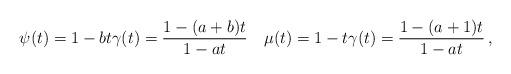
LaTeX: \begin{align*} \psi(t) = 1 - b t \gamma(t) = \frac{1 - (a + b) t}{1 - a t} \quad\mu(t) = 1 - t \gamma(t) = \frac{1 - (a + 1) t}{1 - a t} \, ,\end{align*}